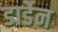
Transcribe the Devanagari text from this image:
डार्डेन